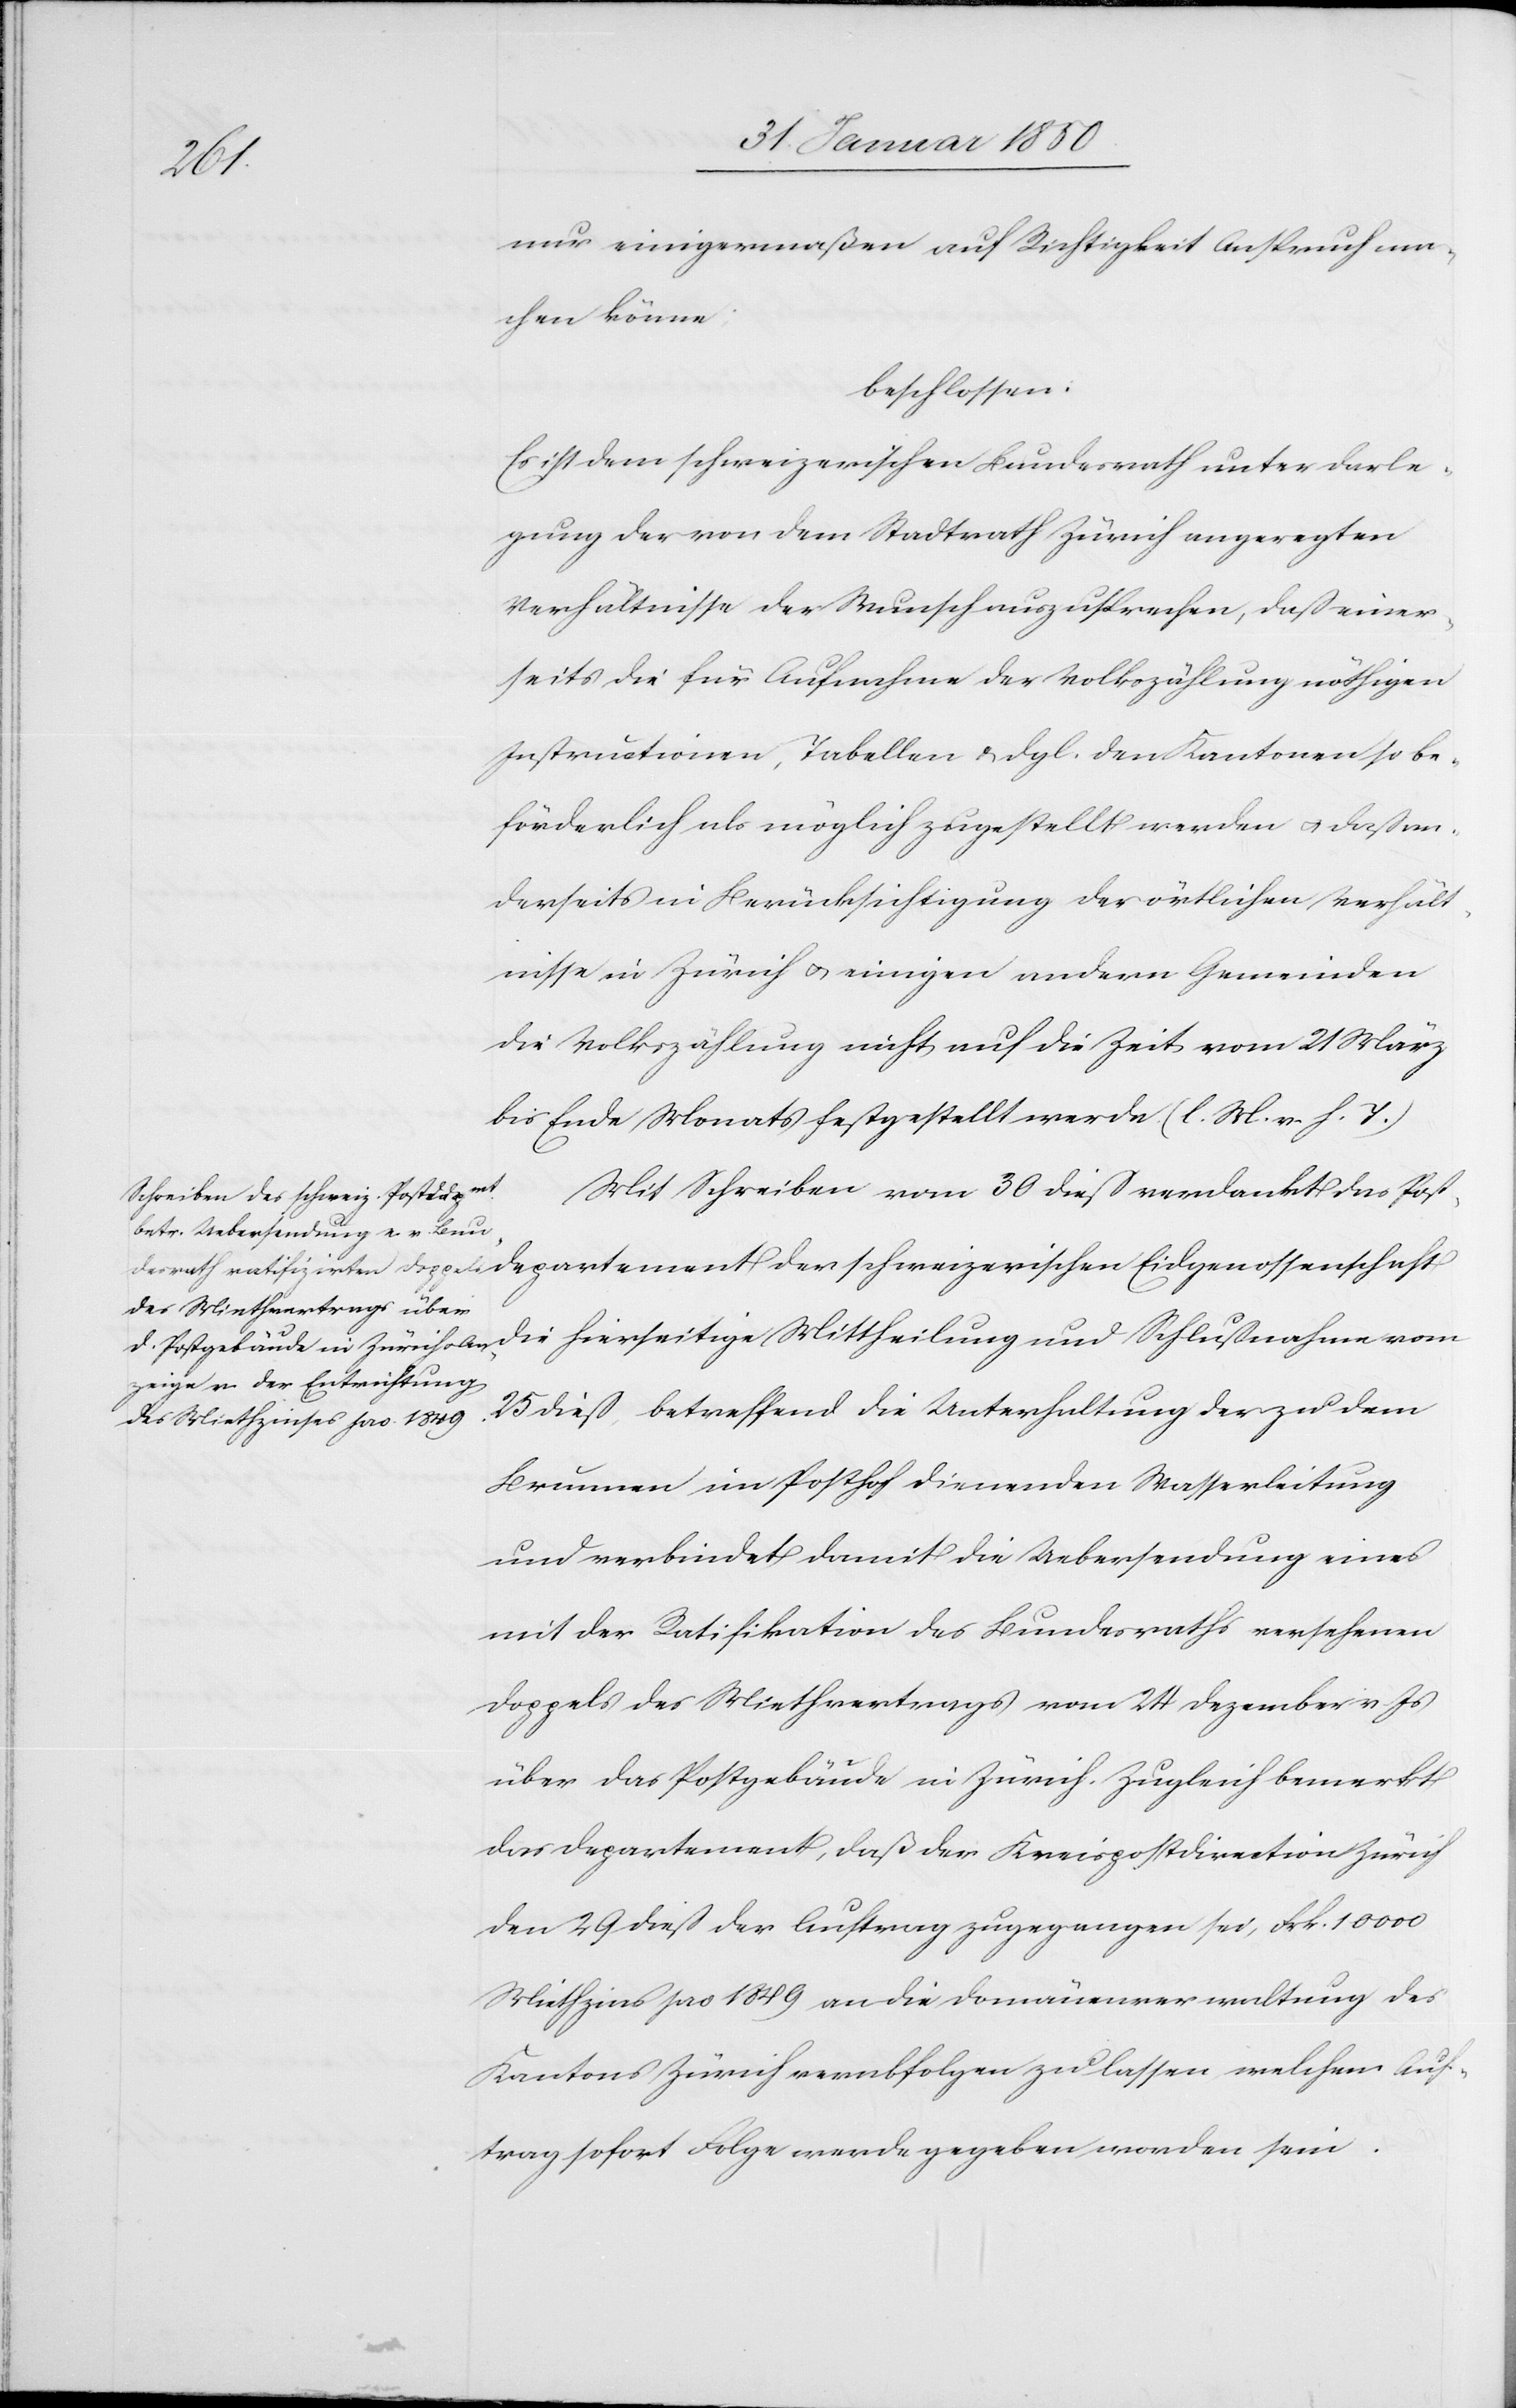
der
nur einigermaßen auf Richtigkeit Anspruch ma¬
chen könne;
beschlossen:
Es ist dem schweizerischen Bundesrath unter Darle¬
gung der von dem Stadtrath Zürich angeregten
Verhältnisse der Wunsch auszusprechen, daß einer¬
seits die für Aufnahme der Volkszählung nöthigen
Instructionen, Tabellen u. dgl. den Kantonen so be¬
förderlich als möglich zugestellt werden u. daß an¬
derseits in Berücksichtigung der örtlichen Verhält¬
nisse in Zürich u. einigen andern Gemeinden
die Volkszählung nicht auf die Zeit vom 21 März
bis Ende Monats festgestellt werde (l. M. v. h. T.)
Mit Schreiben vom 30 dieß verdankt das Post¬
die hierseitige Mittheilung und Schlußnahme vom
25 dieß, betreffend die Unterhaltung der zu dem
Brunnen im Posthof dienenden Wasserleitung
und verbindet damit die Uebersendung eines
mit der Ratifikation des Bundesraths versehenen
Doppels des Miethvertrages vom 24 Dezember v. Js.
über das Postgebäude in Zürich. Zugleich bemerkt
das Departement, daß der Kreispostdirection Zürich
den 29 dieß der Auftrag zugegangen sei, Frk. 10000
Miethzins pro 1849 an die Domänenverwaltung des
Kantons Zürich verabfolgen zu lassen, welchem Auf¬
trag sofort Folge werde gegeben worden sein.